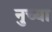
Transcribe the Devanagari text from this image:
नुच्या